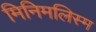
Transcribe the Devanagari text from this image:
मिनिमलिस्म